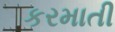
કરમાતી